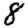
Digit: 8